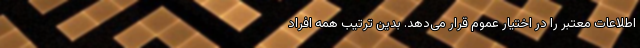
اطلاعات معتبر را در اختیار عموم قرار می‌دهد. بدین ترتیب همه افراد